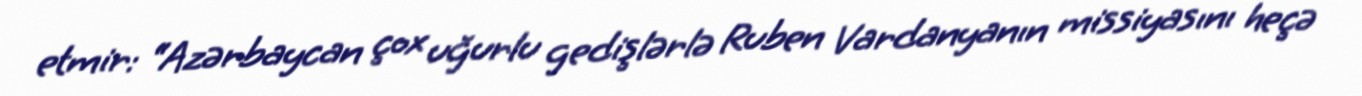
etmir: “Azərbaycan çox uğurlu gedişlərlə Ruben Vardanyanın missiyasını heçə